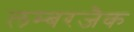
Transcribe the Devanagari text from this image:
लम्बरजैक